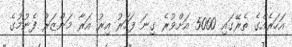
އަހަރެއްގެ ތެރޭގައި 5000 އަށްވުރެ ގިނަ ފަހަރު އިރު އަރާ މަންޒަރު ފެނުމުގެ